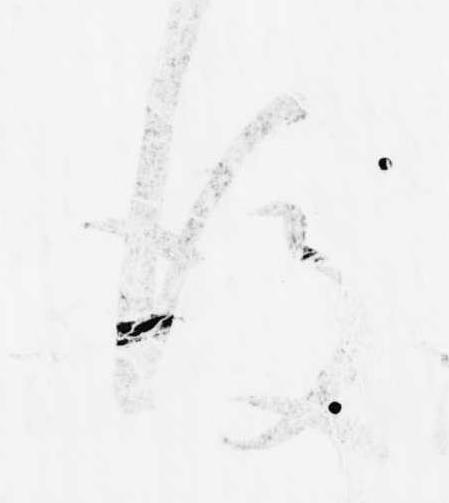
後